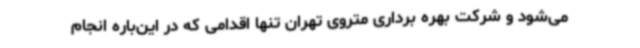
می‌شود و شرکت بهره برداری متروی تهران تنها اقدامی که در این‌باره انجام